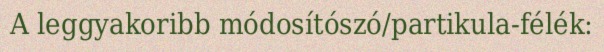
A leggyakoribb módosítószó/partikula-félék: